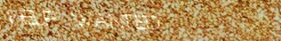
HELP WANTED